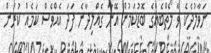
ނަވާލުދެކެ ވާ ލޯތްބެއްގެ ބޮޑުކަމުން އޭނާ ގެއްލިދާނެ ފަދަ އެއްވެސް ކަމެއް ކުރަން